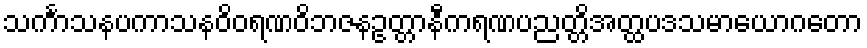
သင်္ကာသနပကာသနဝိဝရဏဝိဘဇနဥတ္တာနီကရဏပညတ္တိအတ္ထပဒသမာယောဂတော